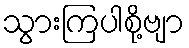
သွားကြပါစို့ဗျာ